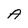
Character: A